画像に写った文字を読んでください
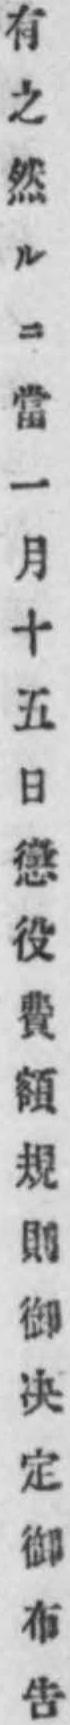
「有之然ルニ當一月十五日懲役費額規則御决定御布告」と書いてあります